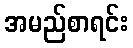
အမည်စာရင်း